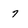
Character: 7